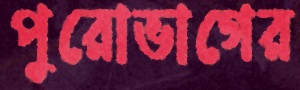
পুরোভাগের